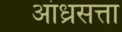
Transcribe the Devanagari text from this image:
आंध्रसत्ता